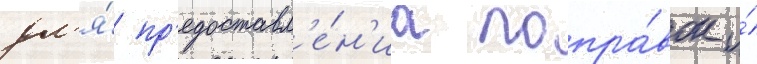
дл'я́ пр'едоставл'е́н'иа попра́вок и́